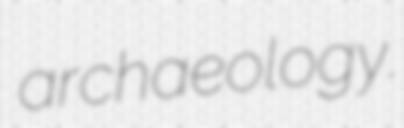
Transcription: archaeology.